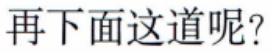
再下面这道呢?